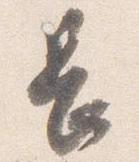
長